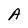
Character: A